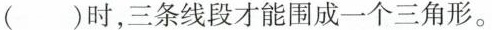
()时，三条线段才能围成一个三角形。